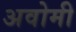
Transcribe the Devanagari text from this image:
अवोमी